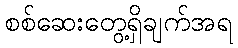
စစ်ဆေးတွေ့ရှိချက်အရ